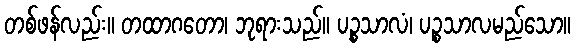
တစ်ဖန်လည်း။ တထာဂတော၊ ဘုရားသည်။ ပဉ္စသာလံ၊ ပဉ္စသာလမည်သော။